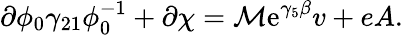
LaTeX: \partial\phi_{0}\gamma_{21}\phi_{0}^{-1}+\partial\chi=\mathcal{M}\mathrm{{e}}^{\gamma_{5}\beta}v+eA.